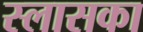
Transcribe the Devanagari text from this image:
स्लासका